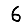
Digit: 6